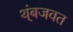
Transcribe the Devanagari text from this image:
थ्ंबजवत